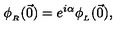
\phi _ { _ R } ( \vec { 0 } ) = e ^ { i \alpha } \phi _ { _ L } ( \vec { 0 } ) ,